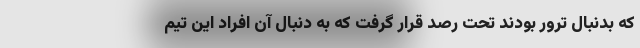
که بدنبال ترور بودند تحت رصد قرار گرفت که به دنبال آن افراد این تیم